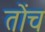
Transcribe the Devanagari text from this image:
तोंच